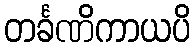
တင်္ခဏိကာယပိ